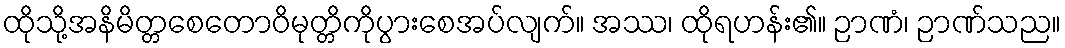
ထိုသို့အနိမိတ္တစေတောဝိမုတ္တိကိုပွားစေအပ်လျက်။ အဿ၊ ထိုရဟန်း၏။ ဉာဏံ၊ ဉာဏ်သည။